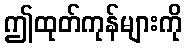
ဤထုတ်ကုန်များကို